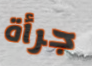
جرأة